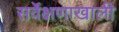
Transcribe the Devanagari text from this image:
सर्वेक्षणाखाली